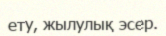
ету, жылулық эсер.